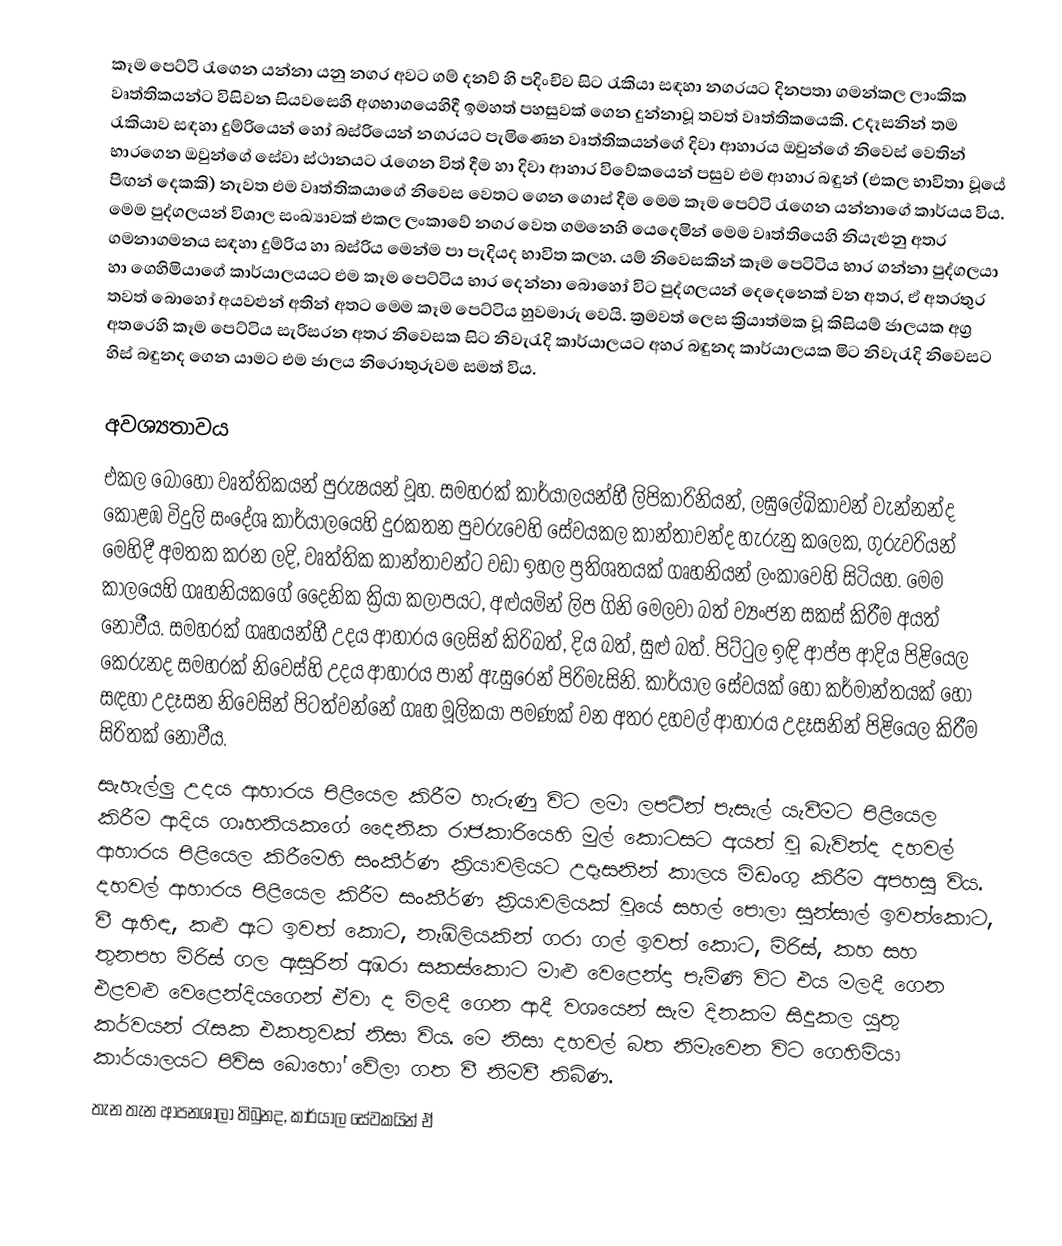
කෑම පෙට්ටි රැගෙන යන්නා යනු නගර අවට ගම් දනව් හි පදිංචිව සිට රැකියා සඳහා නගරයට දිනපතා ගමන්කල ලාංකික වෘත්තිකයන්ට විසිවන සියවසෙහි අගභාගයෙහිදී ඉමහත් පහසුවක් ගෙන දුන්නාවූ තවත් වෘත්තිකයෙකි. උදෑසනින් තම රැකියාව සඳහා  දුම්රියෙන්  හෝ බස්රියෙන් නගරයට පැමිණෙන වෘත්තිකයන්ගේ දිවා ආහාරය ඔවුන්ගේ නිවෙස් වෙතින් භාරගෙන ඔවුන්ගේ සේවා ස්ථානයට රැගෙන විත් දීම හා දිවා ආහාර විවේකයෙන් පසුව එම ආහාර බඳුන් (එකල භාවිතා වූයේ පිඟන් දෙකකි) නැවත එම වෘත්තිකයාගේ නිවෙස වෙතට ගෙන ගොස් දීම මෙම කෑම පෙට්ටි රැගෙන යන්නාගේ කාර්යය විය. මෙම පුද්ගලයන් විශාල සංඛ්‍යාවක් එකල ලංකාවේ නගර වෙත ගමනෙහි යෙදෙමින් මෙම වෘත්තියෙහි නියැළුනු අතර ගමනාගමනය සඳහා දුම්රිය හා බස්රිය මෙන්ම පා පැදියද භාවිත කලහ. යම් නිවෙසකින් කෑම පෙටිටිය භාර ගන්නා පුද්ගලයා හා ගෙහිමියාගේ කාර්යාලයයට එම කෑම පෙට්ටිය භාර දෙන්නා බොහෝ විට පුද්ගලයන් දෙදෙනෙක් වන අතර, ඒ අතරතුර තවත් බොහෝ අයවළුන් අතින් අතට මෙම කෑම පෙට්ටිය හුවමාරු වෙයි. ක්‍රමවත් ලෙස ක්‍රියාත්මක වූ කිසියම් ජාලයක අග්‍ර අතරෙහි කෑම පෙට්ටිය සැරිසරන අතර නිවෙසක සිට නිවැරැදි කාර්යාලයට අහර බඳුනද කාර්යාලයක මිට නිවැරැදි නිවෙසට හිස් බඳුනද  ගෙන යාමට එම ජාලය නිරොතුරුවම සමත් විය.

අවශ්‍යතාවය
එකල බොහෝ වෘත්තිකයන් පුරුෂයන් වූහ. සමහරක් කාර්යාලයන්හී ලිපිකාරිනියන්, ලඝුලේඛිකාවන් වැන්නන්ද කොළඹ විදුලි සංදේශ කාර්යාලයෙහි දුරකතන පුවරුවෙහි සේවයකල කාන්තාවන්ද හැරුනු කලෙක, ගුරුවරියන් මෙහිදී අමතක කරන ලදි, වෘත්තික කාන්තාවන්ට වඩා ඉහල ප්‍රතිශතයක් ගෘහනියන් ලංකාවෙහි සිටියහ. මෙම කාලයෙහි ගෘහනියකගේ දෛනික ක්‍රියා කලාපයට, අළුයමින් ලිප ගිනි මෙලවා බත් ව්‍යංජන සකස් කිරීම අයත් නොවීය. සමහරක් ගෘහයන්හී උදය ආහාරය ලෙසින් කිරිබත්, දිය බත්, සුළු බත්. පිට්ටුල ඉඳි ආප්ප ආදිය පිළියෙල කෙරුනද සමහරක් නිවෙස්හි උදය ආහාරය පාන් ඇසුරෙන් පිරිමැසිනි. කාර්යාල සේවයක් හෝ කර්මාන්තයක් හෝ සඳහා  උදෑසන නිවෙසින් පිටත්වන්නේ  ගෘහ මූලිකයා පමණක් වන අතර දහවල් ආහාරය උදෑසනින් පිළියෙල කිරීම සිරිතක් නොවීය.
සැහැල්ලු උදය ආහාරය පිළියෙල කිරීම හැරුණු විට ලමා ලපටින් පැසැල් යැවීමට පිළියෙල කිරීම ආදිය ගෘහනියකගේ දෛනික රාජකාරියෙහි මුල් කොටසට අයත් වූ බැවින්ද දහවල් ආහාරය පිළියෙල කිරීමෙහි සංකීර්ණ ක්‍රියාවලියට උදෑසනින් කාලය මිඩංගු කිරීම අපහසු විය. දහවල් ආහාරය පිළියෙල කිරීම සංකීර්ණ ක්‍රියාවලියක් වූයේ සහල් පොලා සුන්සාල් ඉවත්කොට, වී ඇහිඳ, කළු ඇට ඉවත් කොට, නෑඹිලියකින් ගරා ගල් ඉවත් කොට, මිරිස්,  කහ සහ තුනපහ මිරිස් ගල ඇසුරින් අඹරා සකස්කොට මාළු වෙළෙන්දා පැමිණි විට එය මලදී ගෙන එළවළු වෙළෙන්දියගෙන් ඒවා ද මිලදී ගෙන ආදී වශයෙන් සැම දිනකම සිදුකල යුතු කර්වයන් රැසක එකතුවක් නිසා විය. මෙ නිසා දහවල් බත නිමැවෙන විට ගෙහිමියා කාර්යාලයට පිවිස බොහෝ වේලා ගත වී නිමවී තිබිණ.
තැන තැන ආපනශාලා තිබුනද, කාර්යාල සේවකයින් ඒ